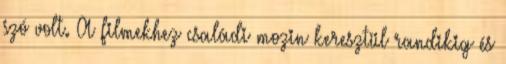
szó volt. A filmekhez családi mozin keresztül randikig és